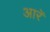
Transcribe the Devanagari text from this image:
आरॅ